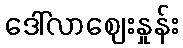
ဒေါ်လာဈေးနှုန်း